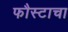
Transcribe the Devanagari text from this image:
फौस्टाचा